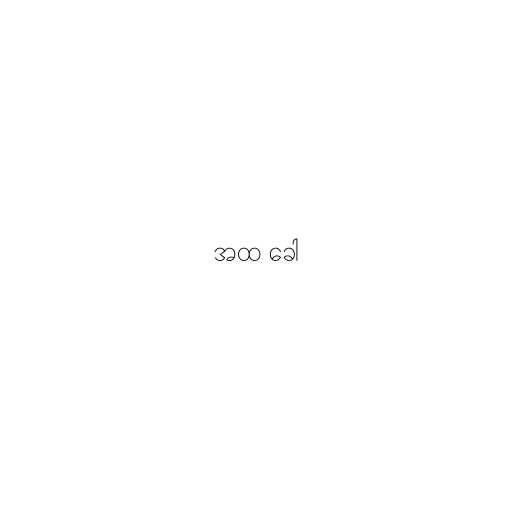
အထ ခေါ